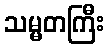
သမ္မတကြီး